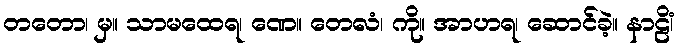
တတော၊ မှ။ သာမထေရ၊ ဏေ။ တေလံ၊ ကို။ အာဟရ၊ ဆောင်ခဲ့။ နာဠိံ၊